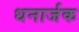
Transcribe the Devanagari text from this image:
धनार्जक